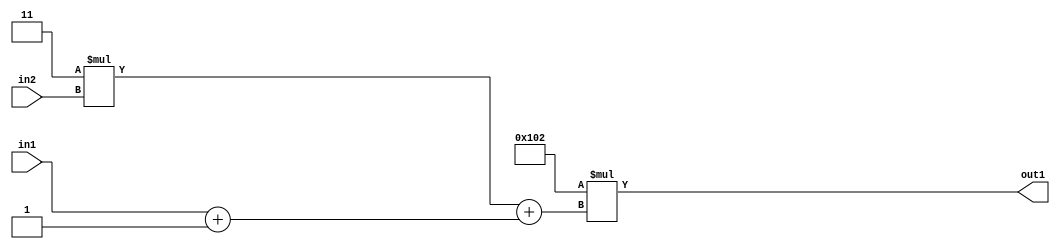
`timescale 1ps / 1ps
/*****************************************************************************
    Verilog RTL Description
    
    
    Created by: Stratus DpOpt 2019.1.01 
*******************************************************************************/

module DC_Filter_Mul2i258Add2Add2i1u1Mul2i3u2_4 (
	in2,
	in1,
	out1
	); /* architecture "behavioural" */ 
input [1:0] in2;
input  in1;
output [11:0] out1;
wire [11:0] asc001;
wire [3:0] asc002;
wire [2:0] asc004;

assign asc004 = 
	+(in1)
	+(3'B001);

wire [3:0] asc002_tmp_0;
assign asc002_tmp_0 = 
	+(4'B0011 * in2);
assign asc002 = asc002_tmp_0
	+({asc004[2], asc004});

assign asc001 = 
	+(12'B000100000010 * asc002);

assign out1 = asc001;
endmodule

/* CADENCE  v7T3SAw= : u9/ySgnWtBlWxVPRXgAZ4Og= ** DO NOT EDIT THIS LINE ******/